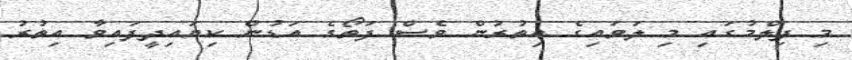
މި ފިލްމުގައި މި ލަވައިގެ އިތުރުން ވެސް ފަތޯގެ އަޑުން ކިޔައިދީފައިވާ އިތުރު